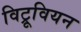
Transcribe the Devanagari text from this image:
विट्रूवियन